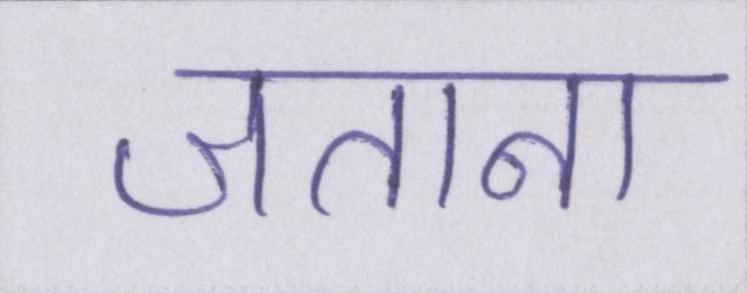
जताना